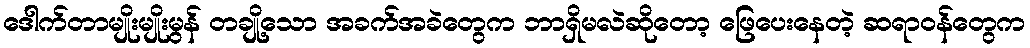
ဒေါက်တာမျိုးမျိုးမွန် တချို့သော အခက်အခဲတွေက ဘာရှိမလဲဆိုတော့ ဖြေပေးနေတဲ့ ဆရာဝန်တွေက